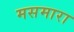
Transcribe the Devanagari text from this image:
मसमारा